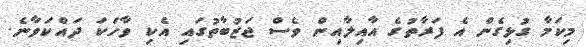
މިކަމާ ގުޅިގެން އެ ފަރާތުގެ އާއިލާއިން ވެސް ޖަޒުބާތުގައި އެކި ވާހަކަ ދައްކަވާނެ.